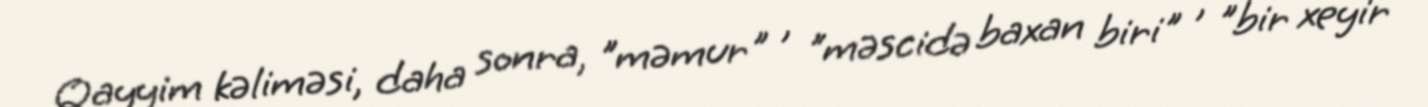
Qayyim kəliməsi, daha sonra, "məmur" , "məscidə baxan biri" , "bir xeyir